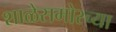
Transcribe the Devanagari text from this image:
शाळेसमोरच्या